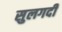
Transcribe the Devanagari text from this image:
सुलगदी